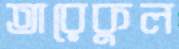
তারেকুল